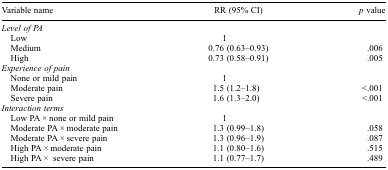
<table><thead><tr><td><b>Variable name</b></td><td><b>RR (95% CI)</b></td><td><b><i>p</i> value</b></td></tr></thead><tbody><tr><td colspan="3"><i>Level of PA</i></td></tr><tr><td> Low</td><td>1</td><td> </td></tr><tr><td> Medium</td><td>0.76 (0.63–0.93)</td><td>.006</td></tr><tr><td> High</td><td>0.73 (0.58–0.91)</td><td>.005</td></tr><tr><td colspan="3"><i>Experience of pain</i></td></tr><tr><td> None or mild pain</td><td>1</td><td> </td></tr><tr><td> Moderate pain</td><td>1.5 (1.2–1.8)</td><td>&lt;.001</td></tr><tr><td> Severe pain</td><td>1.6 (1.3–2.0)</td><td>&lt;.001</td></tr><tr><td colspan="3"><i>Interaction terms</i></td></tr><tr><td> Low PA × none or mild pain</td><td>1</td><td> </td></tr><tr><td> Moderate PA × moderate pain</td><td>1.3 (0.99–1.8)</td><td>.058</td></tr><tr><td> Moderate PA × severe pain</td><td>1.3 (0.96–1.9)</td><td>.087</td></tr><tr><td> High PA × moderate pain</td><td>1.1 (0.80–1.6)</td><td>.515</td></tr><tr><td> High PA ×severe pain</td><td>1.1 (0.77–1.7)</td><td>.489</td></tr></tbody></table>